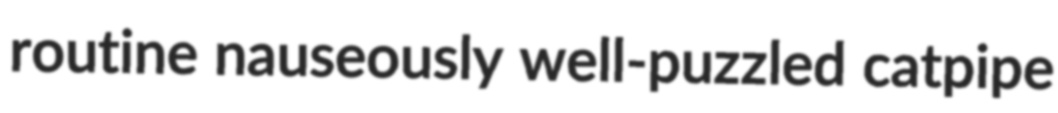
routine nauseously well-puzzled catpipe